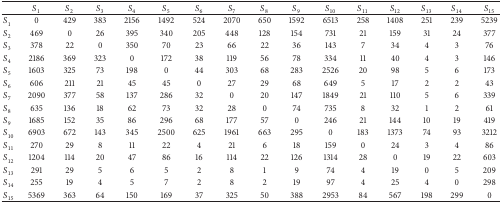
<table><thead><tr><td><b> </b></td><td><b><i>S</i><sub>1</sub></b></td><td><b><i>S</i><sub>2</sub></b></td><td><b><i>S</i><sub>3</sub></b></td><td><b><i>S</i><sub>4</sub></b></td><td><b><i>S</i><sub>5</sub></b></td><td><b><i>S</i><sub>6</sub></b></td><td><b><i>S</i><sub>7</sub></b></td><td><b><i>S</i><sub>8</sub></b></td><td><b><i>S</i><sub>9</sub></b></td><td><b><i>S</i><sub>10</sub></b></td><td><b><i>S</i><sub>11</sub></b></td><td><b><i>S</i><sub>12</sub></b></td><td><b><i>S</i><sub>13</sub></b></td><td><b><i>S</i><sub>14</sub></b></td><td><b><i>S</i><sub>15</sub></b></td></tr></thead><tbody><tr><td><i>S</i><sub>1</sub></td><td>0</td><td>429</td><td>383</td><td>2156</td><td>1492</td><td>524</td><td>2070</td><td>650</td><td>1592</td><td>6513</td><td>258</td><td>1408</td><td>251</td><td>239</td><td>5239</td></tr><tr><td><i>S</i><sub>2</sub></td><td>469</td><td>0</td><td>26</td><td>395</td><td>340</td><td>205</td><td>448</td><td>128</td><td>154</td><td>731</td><td>21</td><td>159</td><td>31</td><td>24</td><td>377</td></tr><tr><td><i>S</i><sub>3</sub></td><td>378</td><td>22</td><td>0</td><td>350</td><td>70</td><td>23</td><td>66</td><td>22</td><td>36</td><td>143</td><td>7</td><td>34</td><td>4</td><td>3</td><td>76</td></tr><tr><td><i>S</i><sub>4</sub></td><td>2186</td><td>369</td><td>323</td><td>0</td><td>172</td><td>38</td><td>119</td><td>56</td><td>78</td><td>334</td><td>11</td><td>40</td><td>4</td><td>3</td><td>146</td></tr><tr><td><i>S</i><sub>5</sub></td><td>1603</td><td>325</td><td>73</td><td>198</td><td>0</td><td>44</td><td>303</td><td>68</td><td>283</td><td>2526</td><td>20</td><td>98</td><td>5</td><td>6</td><td>173</td></tr><tr><td><i>S</i><sub>6</sub></td><td>606</td><td>211</td><td>21</td><td>45</td><td>45</td><td>0</td><td>27</td><td>29</td><td>68</td><td>649</td><td>5</td><td>17</td><td>2</td><td>2</td><td>43</td></tr><tr><td><i>S</i><sub>7</sub></td><td>2090</td><td>377</td><td>58</td><td>137</td><td>286</td><td>32</td><td>0</td><td>20</td><td>147</td><td>1849</td><td>21</td><td>110</td><td>5</td><td>6</td><td>339</td></tr><tr><td><i>S</i><sub>8</sub></td><td>635</td><td>136</td><td>18</td><td>62</td><td>73</td><td>32</td><td>28</td><td>0</td><td>74</td><td>735</td><td>8</td><td>32</td><td>1</td><td>2</td><td>61</td></tr><tr><td><i>S</i><sub>9</sub></td><td>1685</td><td>152</td><td>35</td><td>86</td><td>296</td><td>68</td><td>177</td><td>57</td><td>0</td><td>246</td><td>21</td><td>144</td><td>10</td><td>19</td><td>419</td></tr><tr><td><i>S</i><sub>10</sub></td><td>6903</td><td>672</td><td>143</td><td>345</td><td>2500</td><td>625</td><td>1961</td><td>663</td><td>295</td><td>0</td><td>183</td><td>1373</td><td>74</td><td>93</td><td>3212</td></tr><tr><td><i>S</i><sub>11</sub></td><td>270</td><td>29</td><td>8</td><td>11</td><td>22</td><td>4</td><td>21</td><td>6</td><td>18</td><td>159</td><td>0</td><td>24</td><td>3</td><td>4</td><td>86</td></tr><tr><td><i>S</i><sub>12</sub></td><td>1204</td><td>114</td><td>20</td><td>47</td><td>86</td><td>16</td><td>114</td><td>22</td><td>126</td><td>1314</td><td>28</td><td>0</td><td>19</td><td>22</td><td>603</td></tr><tr><td><i>S</i><sub>13</sub></td><td>291</td><td>29</td><td>5</td><td>6</td><td>5</td><td>2</td><td>8</td><td>1</td><td>9</td><td>74</td><td>4</td><td>19</td><td>0</td><td>5</td><td>209</td></tr><tr><td><i>S</i><sub>14</sub></td><td>255</td><td>19</td><td>4</td><td>5</td><td>7</td><td>2</td><td>8</td><td>2</td><td>19</td><td>97</td><td>4</td><td>25</td><td>4</td><td>0</td><td>298</td></tr><tr><td><i>S</i><sub>15</sub></td><td>5369</td><td>363</td><td>64</td><td>150</td><td>169</td><td>37</td><td>325</td><td>50</td><td>388</td><td>2953</td><td>84</td><td>567</td><td>198</td><td>299</td><td>0</td></tr></tbody></table>